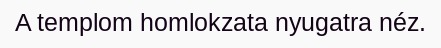
A templom homlokzata nyugatra néz.